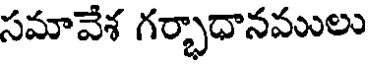
సమావేశ గర్భాధానములు